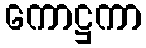
ကောဋ္ဌကာ